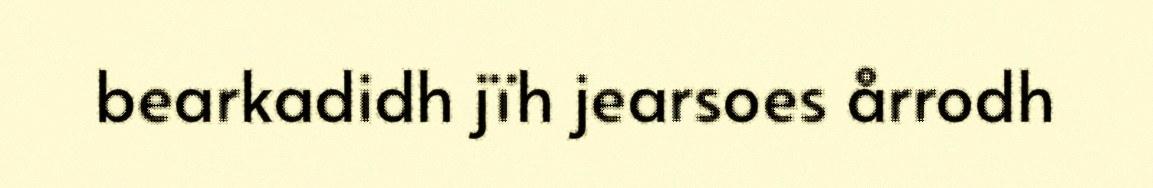
bearkadidh jïh jearsoes årrodh